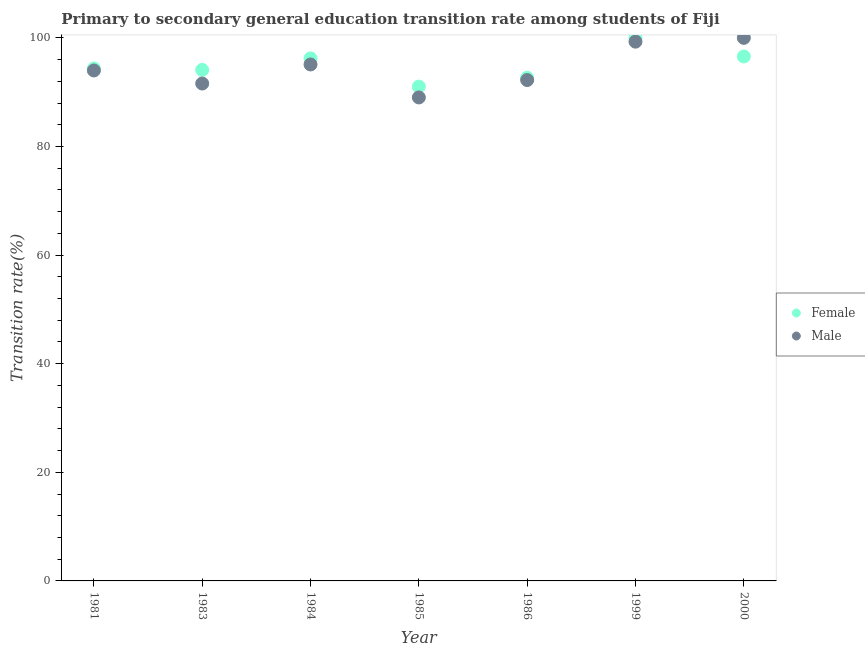
| Year | Female | Male |
 | --- | --- | --- |
 | 1981 | 94.4 | 94 |
 | 1983 | 94.1 | 91.6 |
 | 1984 | 96.2 | 95.1 |
 | 1985 | 91 | 89 |
 | 1986 | 92.7 | 92.2 |
 | 1999 | 100 | 99.3 |
 | 2000 | 96.6 | 100 |